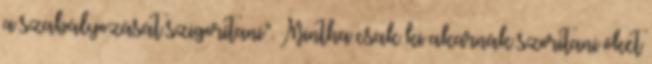
a szabályozását szigorítani”. Mintha csak ki akarnák szorítani őket